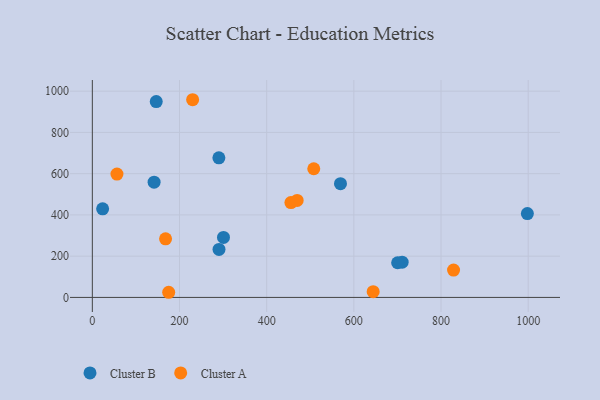
{"axis": {"x": "Ad Spend", "y": "Sales"}, "legend": ["Cluster A", "Cluster B"], "data": [{"x": "998.1", "y": 406.4, "type": "Cluster B"}, {"x": "300.9", "y": 291.0, "type": "Cluster B"}, {"x": "23.6", "y": 429.6, "type": "Cluster B"}, {"x": "710.8", "y": 170.8, "type": "Cluster B"}, {"x": "700.4", "y": 168.1, "type": "Cluster B"}, {"x": "290.3", "y": 676.6, "type": "Cluster B"}, {"x": "146.6", "y": 949.5, "type": "Cluster B"}, {"x": "141.7", "y": 558.5, "type": "Cluster B"}, {"x": "290.6", "y": 232.9, "type": "Cluster B"}, {"x": "569.3", "y": 551.5, "type": "Cluster B"}, {"x": "455.6", "y": 459.7, "type": "Cluster A"}, {"x": "644.3", "y": 27.6, "type": "Cluster A"}, {"x": "508.0", "y": 623.9, "type": "Cluster A"}, {"x": "168.0", "y": 284.3, "type": "Cluster A"}, {"x": "175.2", "y": 24.9, "type": "Cluster A"}, {"x": "469.9", "y": 470.3, "type": "Cluster A"}, {"x": "56.5", "y": 597.9, "type": "Cluster A"}, {"x": "828.7", "y": 132.4, "type": "Cluster A"}, {"x": "230.1", "y": 958.5, "type": "Cluster A"}]}